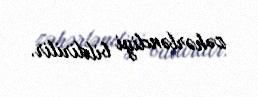
zəhərləndiyi bildirilir.